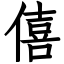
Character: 僖